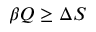
\beta Q \ge \Delta S